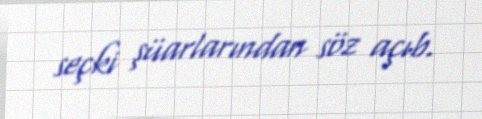
seçki şüarlarından söz açıb.